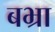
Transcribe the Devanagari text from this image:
बभ्रा